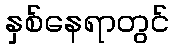
နှစ်နေရာတွင်